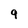
Character: 9